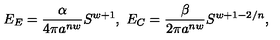
E _ { E } = { \frac { \alpha } { 4 \pi a ^ { n w } } } S ^ { w + 1 } , \ E _ { C } = { \frac { \beta } { 2 \pi a ^ { n w } } } S ^ { w + 1 - 2 / n } ,